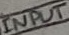
Text: INPUT